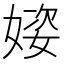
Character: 𪦌